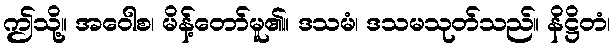
ဤသို့။ အဝေါစ၊ မိန့်တော်မူ၏။ ဒသမံ၊ ဒသမသုတ်သည်။ နိဋ္ဌိတံ၊